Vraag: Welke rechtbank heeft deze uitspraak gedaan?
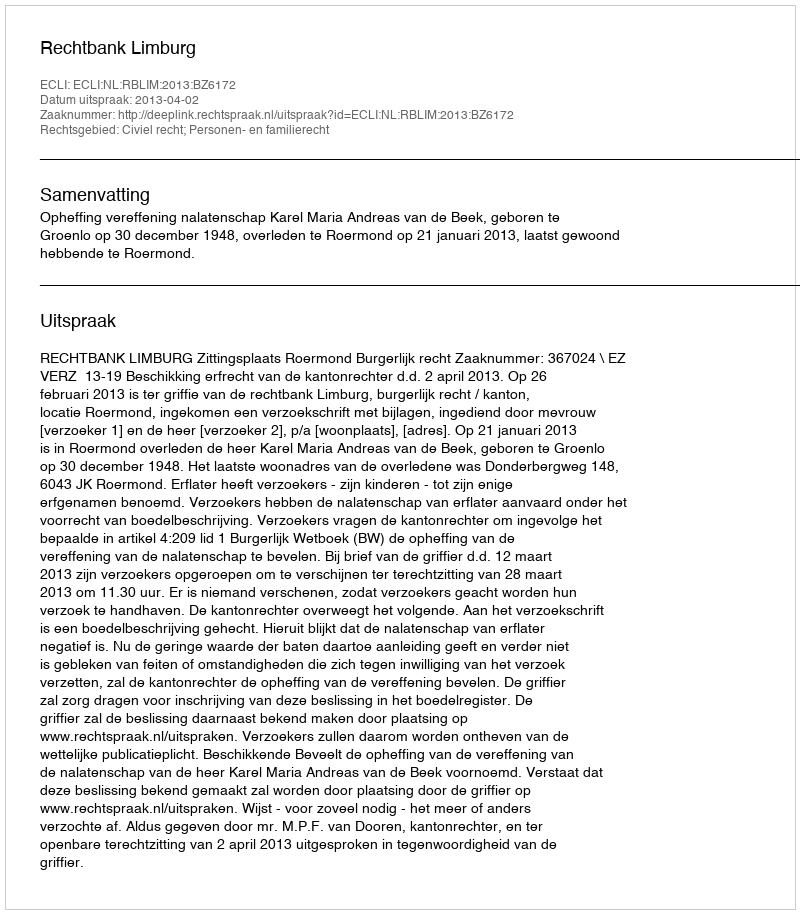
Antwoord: Rechtbank Limburg